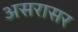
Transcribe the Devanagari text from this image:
असरासर